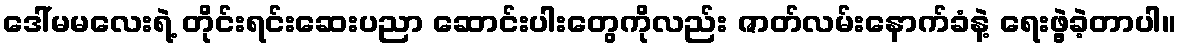
ဒေါ်မမလေးရဲ့ တိုင်းရင်းဆေးပညာ ဆောင်းပါးတွေကိုလည်း ဇာတ်လမ်းနောက်ခံနဲ့ ရေးဖွဲ့ခဲ့တာပါ။